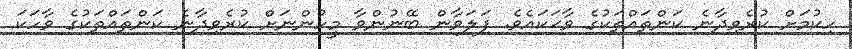
ހިކުމަަށް ކުރެވިދާނެ ކަންތައްތަކުގެ ވާޙަކައެވެ. ފަލަވާން ބޭނުންވާ މީހުންނަށް ކުރެވިދާނެ ކަންތައްތަކުގެ ވާހަކަ